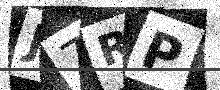
Text: J7RP